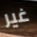
غير